Leprosy in India: report of the Leprosy Commission in India, 1890-91
Year: 1890
Disease focus: Leprosy
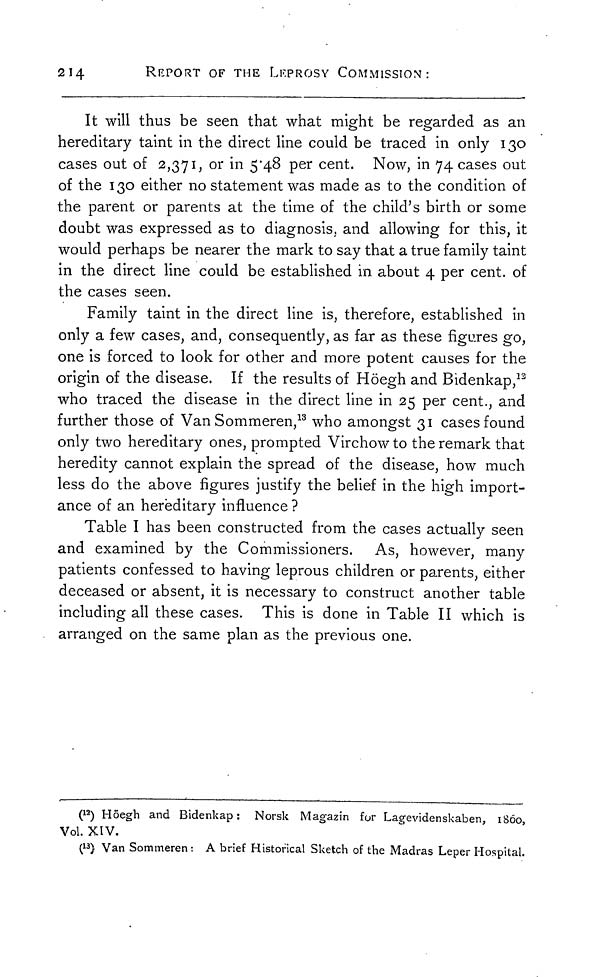
214
REPORT OF THE LEPROSY COMMISSION:
It will thus be seen that what might be regarded as an
hereditary taint in the direct line could be traced in only 130
cases out of 2,371, or in 5.48 per cent. Now, in 74 cases out
of the 130 either no statement was made as to the condition of
the parent or parents at the time of the child's birth or some
doubt was expressed as to diagnosis, and allowing for this, it
would perhaps be nearer the mark to say that a true family taint
in the direct line could be established in about 4 per cent. of
the cases seen.
Family taint in the direct line is, therefore, established in
only a few cases, and, consequently, as far as these figures go,
one is forced to look for other and more potent causes for the
origin of the disease. If the results of Höegh and Bidenkap, 13
who traced the disease in the direct line in 25 per cent., and
further those of Van Sommeren, 13 who amongst 31 cases found
only two hereditary ones, prompted Virchow to the remark that
heredity cannot explain the spread of the disease, how much
less do the above figures justify the belief in the high import-
ance of an hereditary influence ?
Table I has been constructed from the cases actually seen
and examined by the Commissioners. As, however, many
patients confessed to having leprous children or parents, either
deceased or absent, it is necessary to construct another table
including all these cases. This is done in Table II which is
arranged on the same plan as the previous one.
( 12 ) Höegh and Bidenkap: Norsk Magazin for Lagevidenskaben, 1860,
Vol. XIV.
( 13 ) Van Sommeren: A brief Historical Sketch of the Madras Leper Hospital.